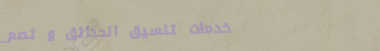
خدمات تنسيق الحدائق و تصم